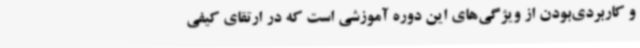
و کاربردی‌بودن از ویژگی‌های این دوره آموزشی است که در ارتقای کیفی